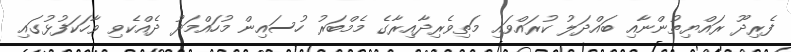
ފެރިދޫ ރައްޔިތުންނާއި ބައްދަލު ކުރައްވައި މަތިވެރިދާއިރާގެ މެމްބަރު ހުސައިން މުހައްމަދު ދެއްކެވި ވާހަކަފުޅުގައި